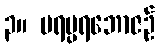
၃။ ပရမ္ပရဘောဇဉ်